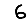
Digit: 6